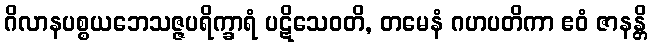
ဂိလာနပစ္စယဘေသဇ္ဇပရိက္ခာရံ ပဋိသေဝတိ, တမေနံ ဂဟပတိကာ ဧဝံ ဇာနန္တိ